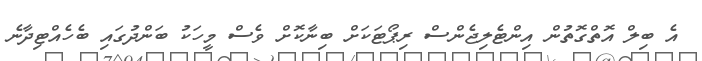
އެ ބިލް އޮތްގޮތުން އިންޓެލިޖެންސް ރިޕޯޓަކަށް ބިނާކޮށް ވެސް މީހަކު ބަންދުގައި ބެހެއްޓިދާނެ